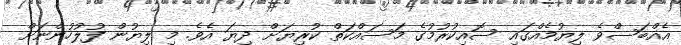
އެއްބަސްވެ ލިޔުމެއްގައި ސޮއިކުރުމުގެ މަސައްކަތް ކުރިޔަށް ދިޔަ އެވެ. މި ލިޔުން ފުލުހުންނަށް